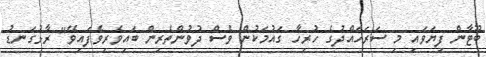
ބޫޓާން ފިޔަވައި މި ސަރަހައްދުގެ ހުރިހާ ގައުމަކުން ވެސް ދުވުންތެރިން ބައިވެރިވެފައިވޭ" ރާޅުގަނޑު